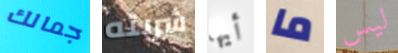
جمالك شربته أيها ما ليس